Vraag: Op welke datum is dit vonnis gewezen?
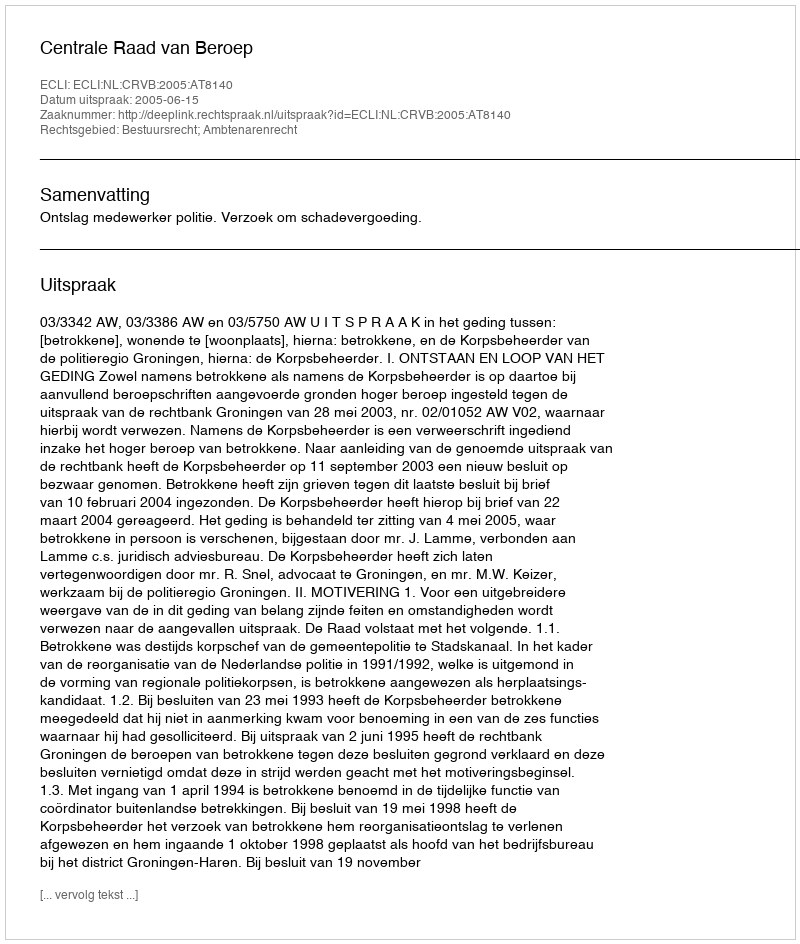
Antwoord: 2005-06-15